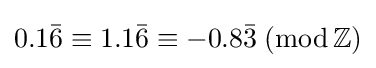
0.1{\bar {6}}\equiv 1.1{\bar {6}}\equiv -0.8{\bar {3}}\;({\text{mod}}\,\mathbb {Z} )